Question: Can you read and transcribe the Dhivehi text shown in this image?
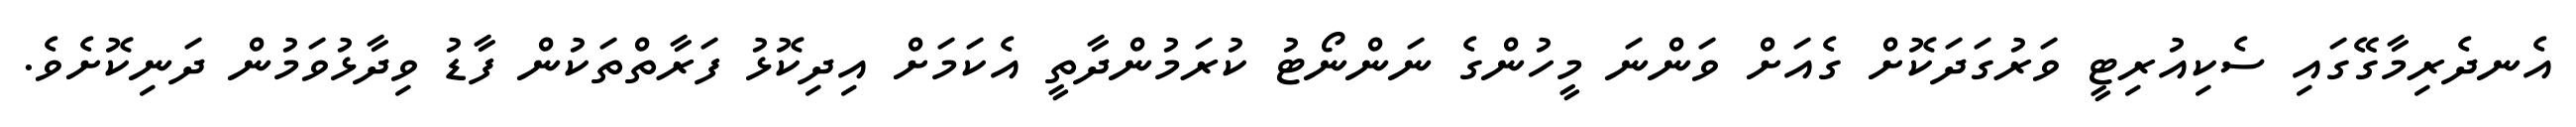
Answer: އެނދެރިމާގޭގައި ސެކިއުރިޓީ ވަރުގަދަކޮށް ގެއަށް ވަންނަ މީހުންގެ ނަންނޯޓު ކުރަމުންދާތީ އެކަމަށް އިދިކޮޅު ފަރާތްތަކުން ފާޑު ވިދާޅުވަމުން ދަނިކޮށެވެ.